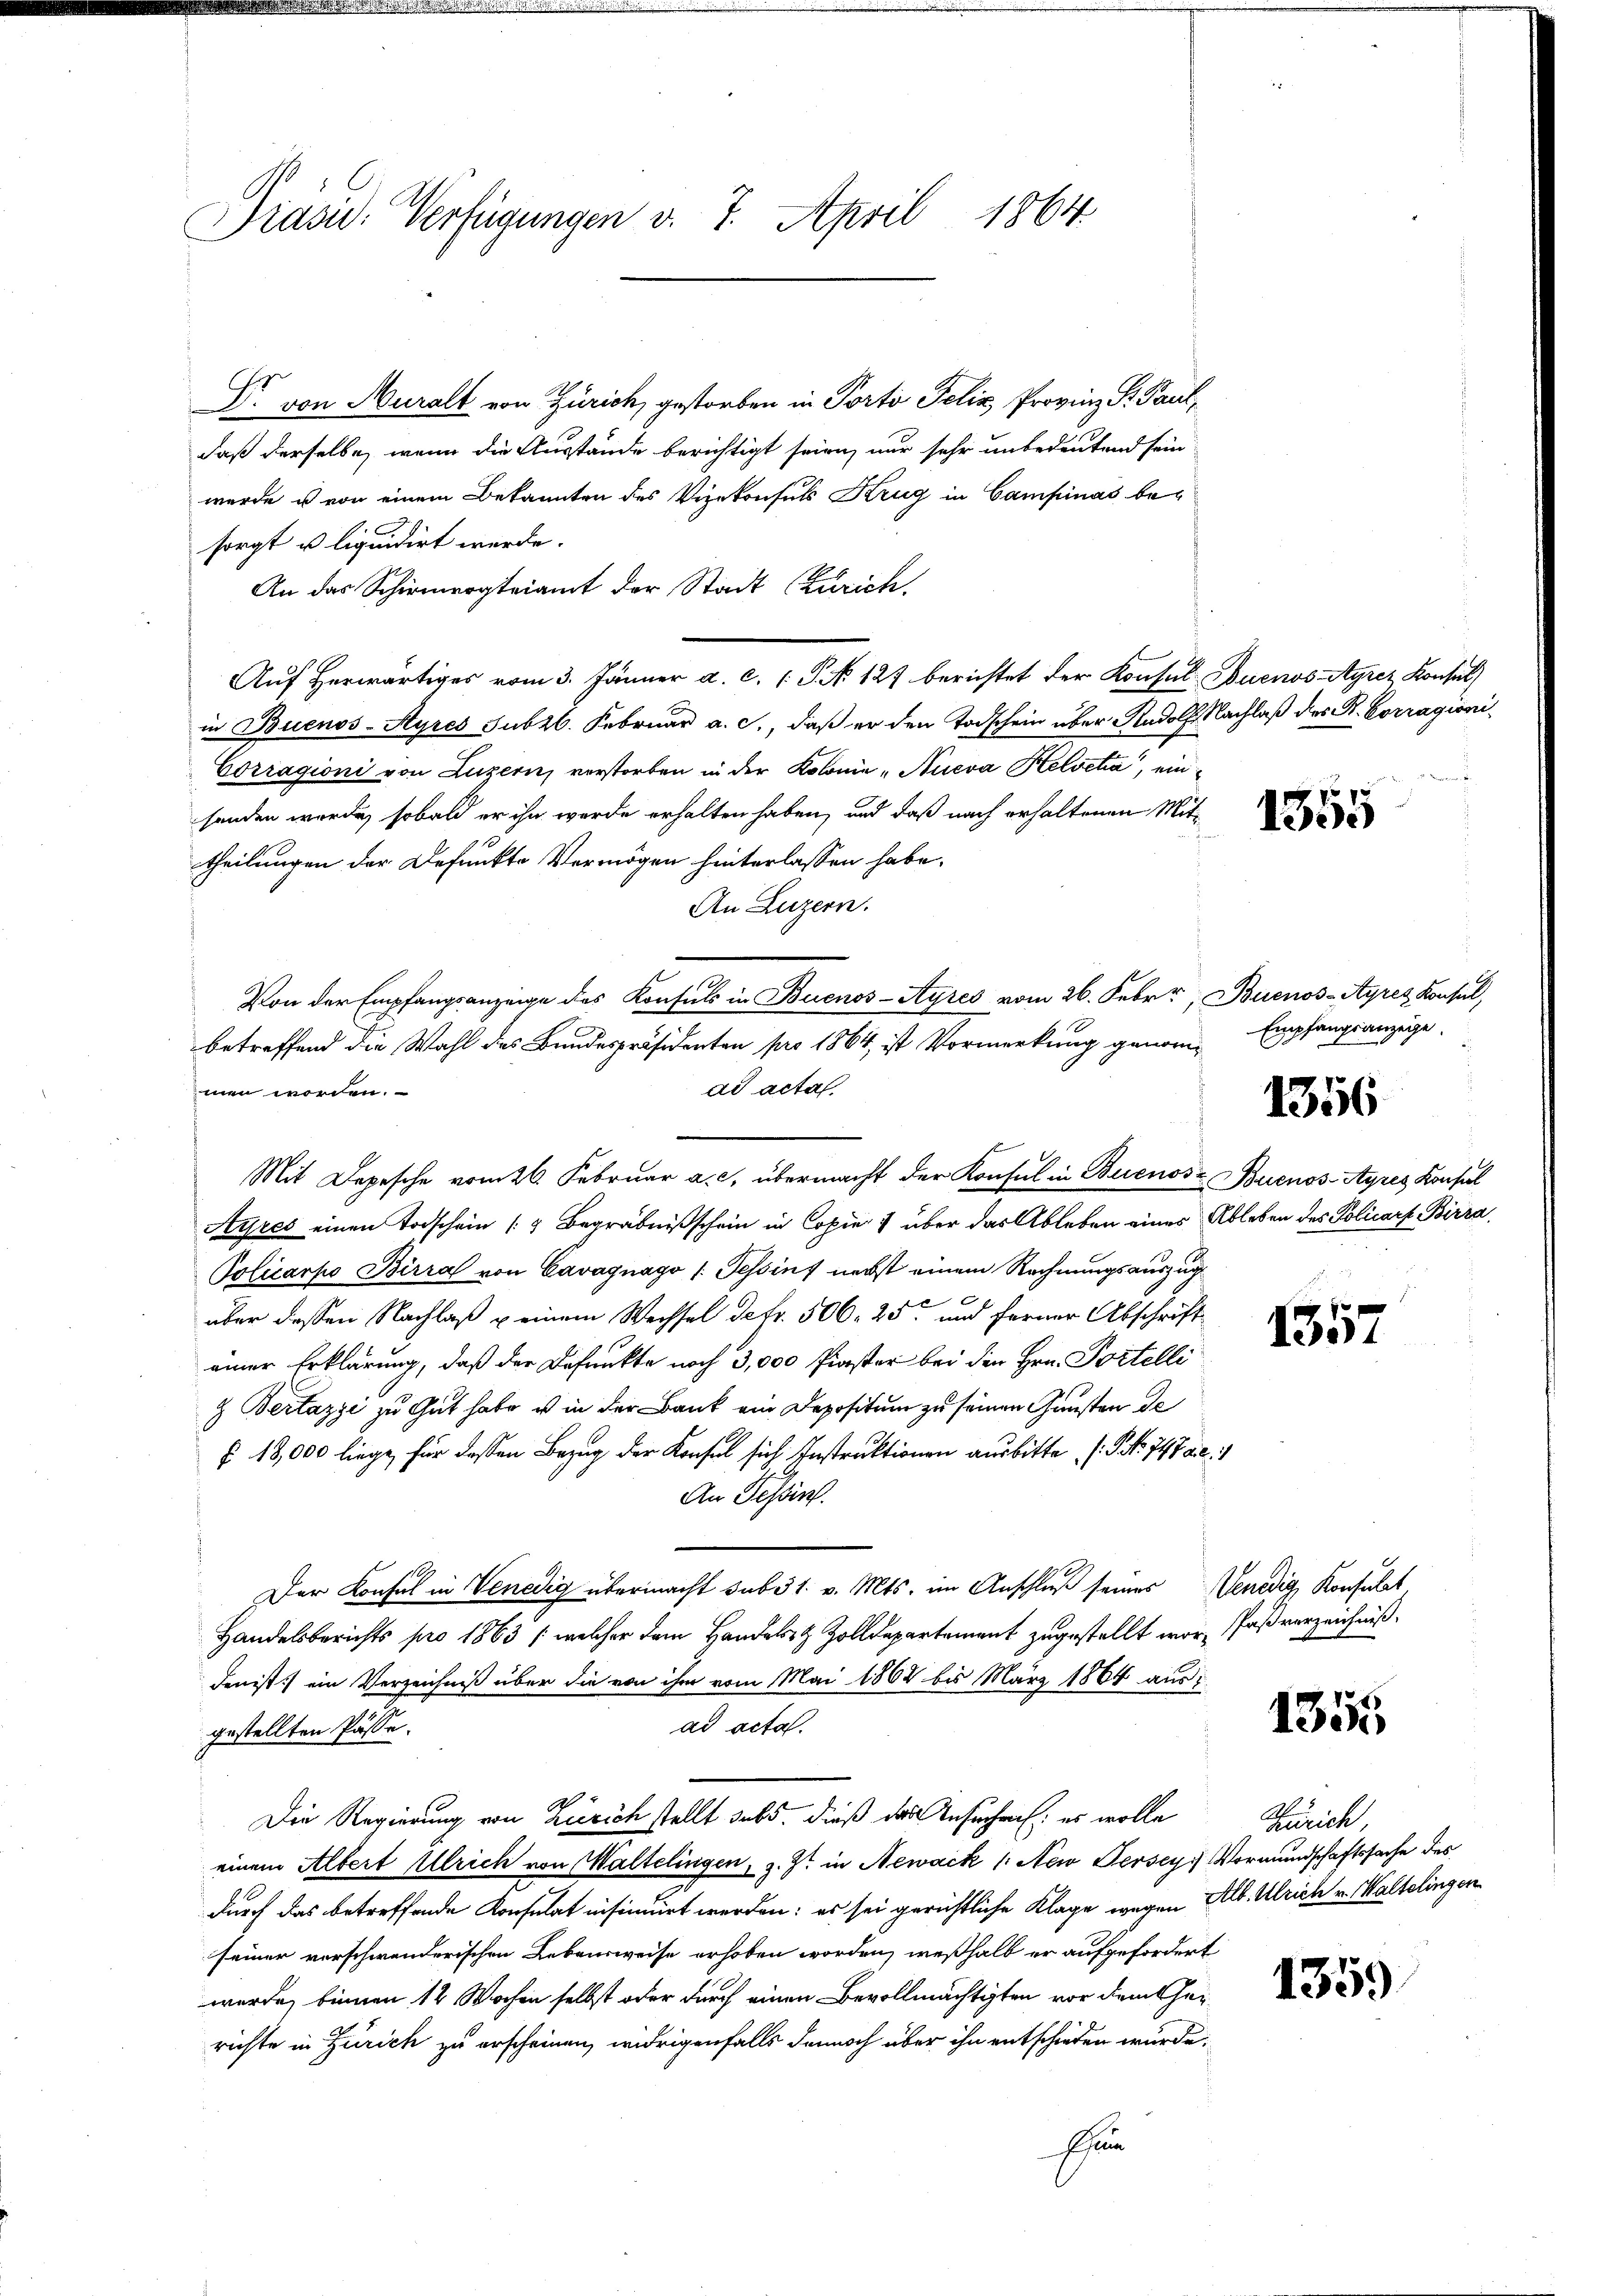
Präsid. Verfügungen v. 7. April 1864.

Dr. von Muralt von Zürich, gestorben in Porto Felix Provinz S. Paul,
daß derselbe, wenn die Ausstände berichtigt seien, nur sehr unbedeutend sein
wurde es von einem Bekannten des Vizekonsuls Krug in Campinas besorgt u liquidirt werde.
An das Schirmvogteiamt der Stadt (Zürich.
Auf herwärtiges vom 3. Jänner a. c. 1 S. 127 berichtet der Konsul Buenos-Ayrez Konsul
in Buenos-Ayres Subzb. Februar a. c., daß er den Todschein über Rudolf Nachlaß des R. Corragioni¬
Corragioni von Luzern, verstorben in der Kolonie „Aueva Helvetia, einsenden werde, sobald er ihn werde erhalten haben, und daß nach erhaltenen Mittheilungen der Defunkte Vermögen hinterlassen habe.
An Luzern.
Von der Empfangsanzeige des Konsuls in Buenos-Ayres vom 26. Febr., Buenos-Ayres Konsul,
betreffend die Wahl des Bundespräsidenten pro 1864, ist Vormerkung genomad acta.
men worden.
Mit Depesche vom 26. Februar a. c. übermacht der Konsul in Buenos- Buenos-Ayres Konsul
Ayres einen Todschein (9 Begräbnißschein in Copier über das Ableben eines Ableben des Policars Birra
Policarpo Birra von Cavagnago /: Tessin nebst einem Rechnungsauszug
über dessen Nachlaß u einem Wechsel defr. 506. 25 und ferner Abschrift
einer Erklärung, daß der Befunkte noch 3,000 Paster bei den Hrn. Portelli
z Bertazzi zu Gut habe es in der Bank ein Depositum zu seinen Gunsten de
§ 18,000 liege, für dassen Bezug der Konsel sich Instruktionen ausbitte (S. 747 Al. 1
An Tessirt.
Der Konsul in Venedig übermacht sub 31. v. Mts. im Anschluß seines Venedig Konsulat,
Handelsberichts pro 1863 /: welcher dem Handelst Zolldepartement zugestellt wor, faßverzeichniß.
Denist) ein Verzeichniß über die von ihm vom Mai 1868 bis März 1864 aus i
ad acta.
gestellten Pässe.
Die Regierung von Zürich stellt sub. Dieß das Ansuche: es wolle
Zürich
einem Albert Ulrich von Waltelingen, z. Zt. in Newack 1: New Jerseys Vormundschaftssache des
durch das betreffende Konsulat insinuirt werden: es sei gerichtliche Klage wegen Alb. Ulrich v. Waltelingen
seiner vorschwenderischen Lebensweise erhoben worden, weßhalb er aufgefordert
wurde, binnen 12 Wochen selbst oder durch einen Bevollmächtigten vor dem theirichte in Zürich zu erscheinen, widrigenfalls dennoch über ihn entschieden wurde.
Phan

Empfangsanzeige.

1356

1357

1355

1359